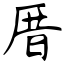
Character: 厝